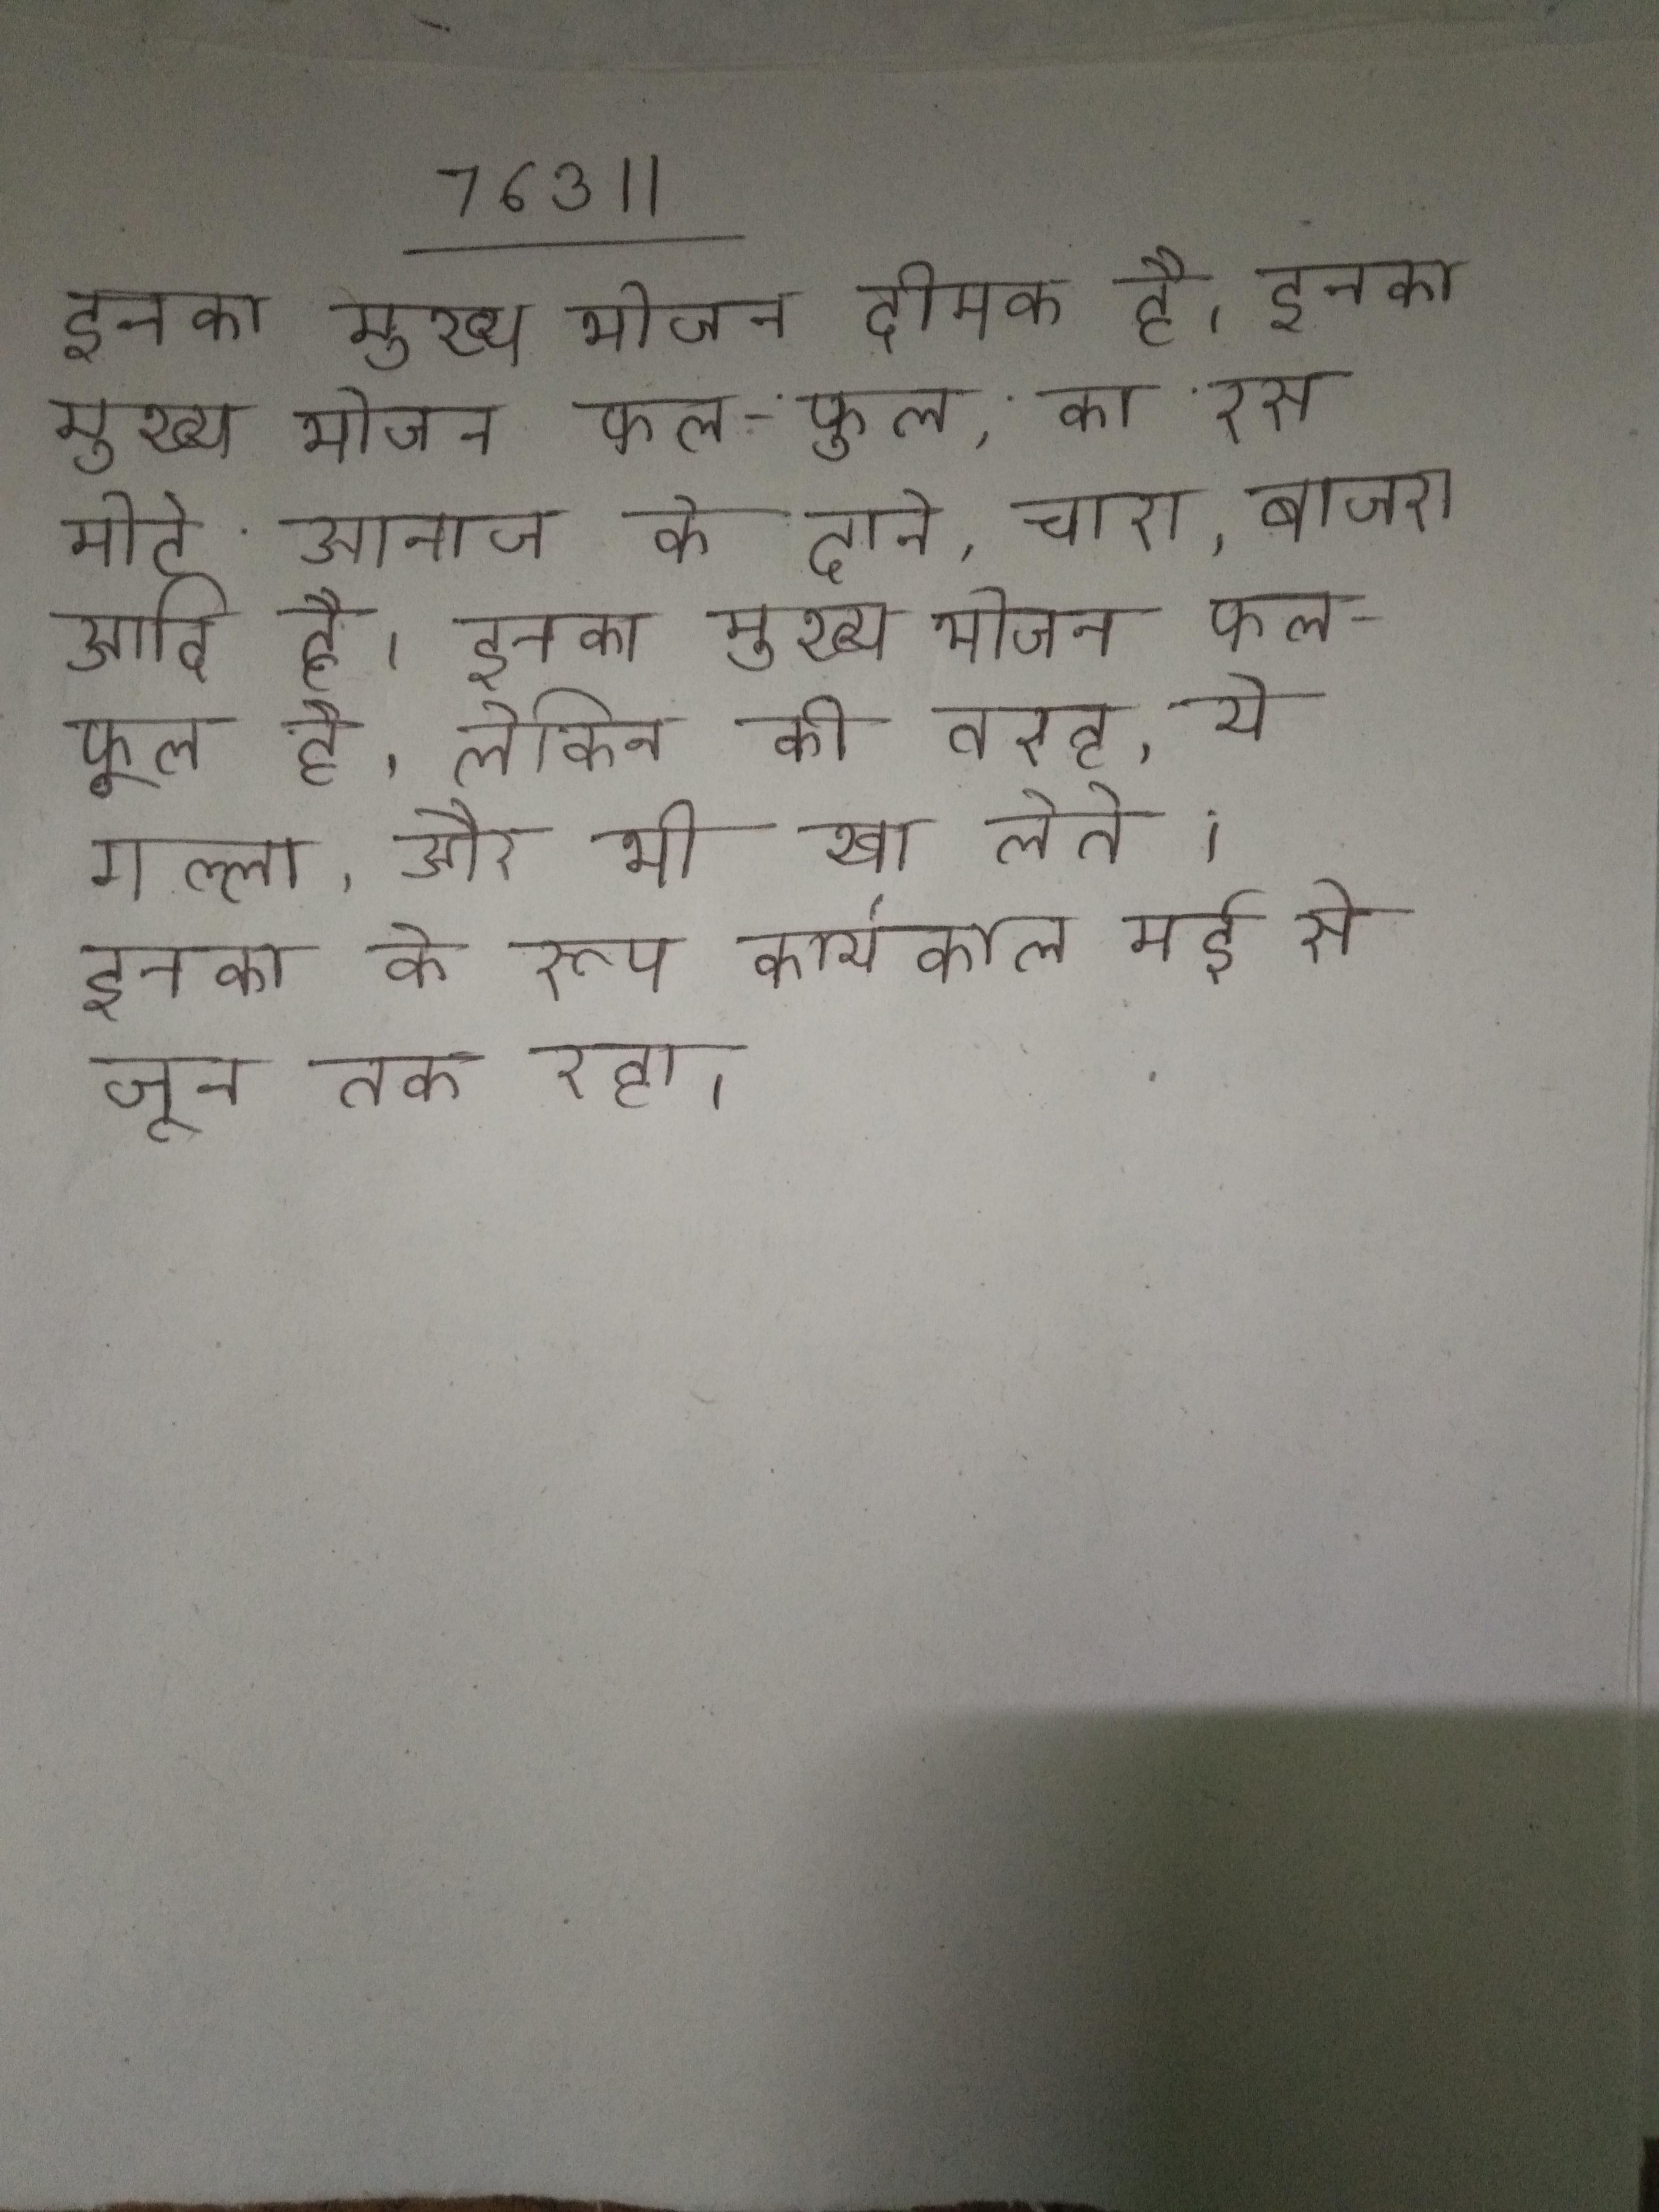
इनका मुख्य भोजन दीमक है । इनका मुख्य भोजन फल-फूल, का रस, मोटे आनाज के दाने, चारा, बाजरा आदि है । इनका मुख्य भोजन फल-फूल है, लेकिन की तरह, ये गल्ला, और भी खा लेते । इनका के रूप कार्यकाल मई से जून तक रहा ।